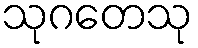
သုဂတေသု